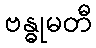
ဗန္ဓုမတီ